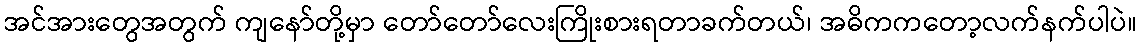
အင်အားတွေအတွက် ကျနော်တို့မှာ တော်တော်လေးကြိုးစားရတာခက်တယ်၊ အဓိကကတော့လက်နက်ပါပဲ။